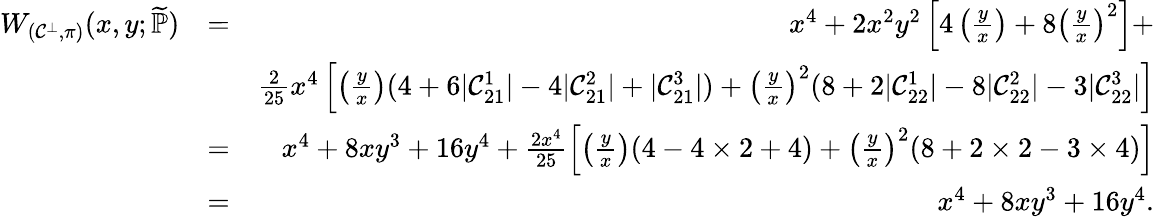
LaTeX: \begin{array}{rlr}{W_{(\mathcal{C}^{\bot},\pi)}(x,y;\widetilde{\mathbb{P}})}&{=}&{x^{4}+2x^{2}y^{2}\left[4\left(\frac{y}{x}\right)+8\left(\frac{y}{x}\right)^{2}\right]+}\\ &{}&{\frac{2}{25}x^{4}\left[\left(\frac{y}{x}\right)(4+6|\mathcal{C}_{21}^{1}|-4|\mathcal{C}_{21}^{2}|+|\mathcal{C}_{21}^{3}|)+\left(\frac{y}{x}\right)^{2}(8+2|\mathcal{C}_{22}^{1}|-8|\mathcal{C}_{22}^{2}|-3|\mathcal{C}_{22}^{3}|\right]}\\ &{=}&{x^{4}+8xy^{3}+16y^{4}+\frac{2x^{4}}{25}\left[\left(\frac{y}{x}\right)(4-4\times 2+4)+\left(\frac{y}{x}\right)^{2}(8+2\times 2-3\times 4)\right]}\\ &{=}&{x^{4}+8xy^{3}+16y^{4}.}\end{array}